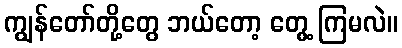
ကျွန်တော်တို့တွေ ဘယ်တော့ တွေ့ ကြမလဲ။